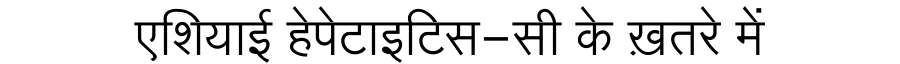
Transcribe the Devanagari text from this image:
एशियाई हेपेटाइटिस-सी के ख़तरे में